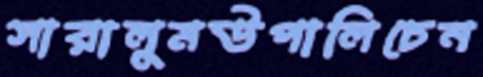
সারালুমউপালিচেন